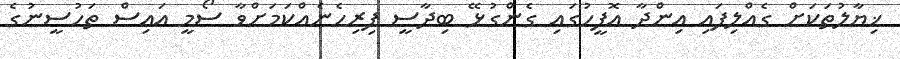
ޚިޔާލުތަކަށް ގެއްލިފައި އިންދާ އޮފީހުގައި ގެންގުޅޭ ބިދާސީ ފިރިހެނެއްކަމަށްވާ ސޯމީ އައިސް ތަހުސީނުގެ